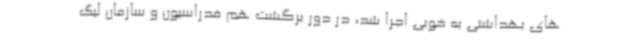
های بهداشتی به خوبی اجرا شد، در دور برگشت هم فدراسیون و سازمان لیگ